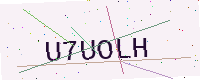
Text: U7UOLH